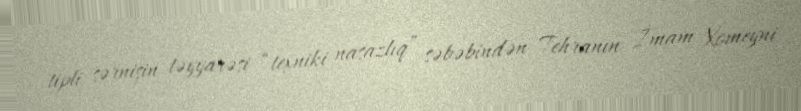
tipli sərnişin təyyarəsi “texniki nasazlıq” səbəbindən Tehranın İmam Xomeyni